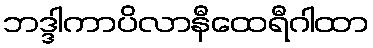
ဘဒ္ဒါကာပိလာနီထေရီဂါထာ